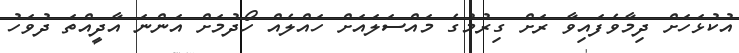
އުކުޅަހަށް ދިމާވެފައިވާ ރަށް ގިރުމުގެ މައްސަލައަށް ހައްލެއް ހޯދުމަށް އަންނަ އާދީއްތަ ދުވަހު